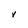
Character: V